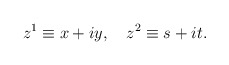
\begin{align*}z^{1}\equiv x+iy,~~~z^{2}\equiv s+it.\end{align*}